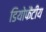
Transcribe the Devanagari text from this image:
डियोफैंटीय